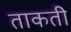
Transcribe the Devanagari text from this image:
ताकती